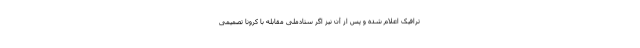
ترافیک اعلام شده و پس از آن نیز اگر ستادملی مقابله با کرونا تصمیمی